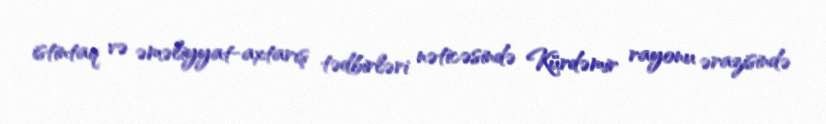
istintaq və əməliyyat-axtarış tədbirləri nəticəsində Kürdəmir rayonu ərazisində